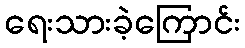
ရေးသားခဲ့ကြောင်း